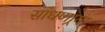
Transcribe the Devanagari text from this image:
सांधणार्‍या